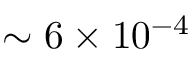
\sim 6 \times 1 0 ^ { - 4 }